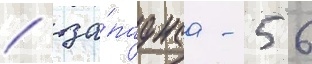
/ за́паднаа - 56